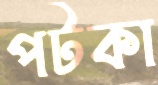
পটকা